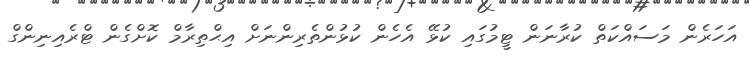
އަހަރެން މަސައްކަތް ކުރާނަން ޓީމުގައި ކުޅޭ އެހެން ކުޅުންތެރިންނަށް އިޙްތިރާމް ކޮށްގެން ޓްރެއިނިންގް